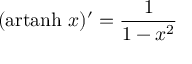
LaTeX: ( \operatorname { a r t a n h } \, x ) ^ { \prime } = { \frac { 1 } { 1 - x ^ { 2 } } }